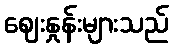
ဈေးနှုန်းများသည်